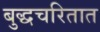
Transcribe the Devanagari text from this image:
बुद्धचरितात